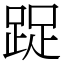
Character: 踀